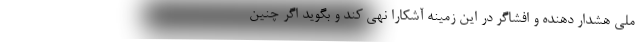
ملی هشدار دهنده و افشاگر در این زمینه آشکارا نهی کند و بگوید اگر چنین